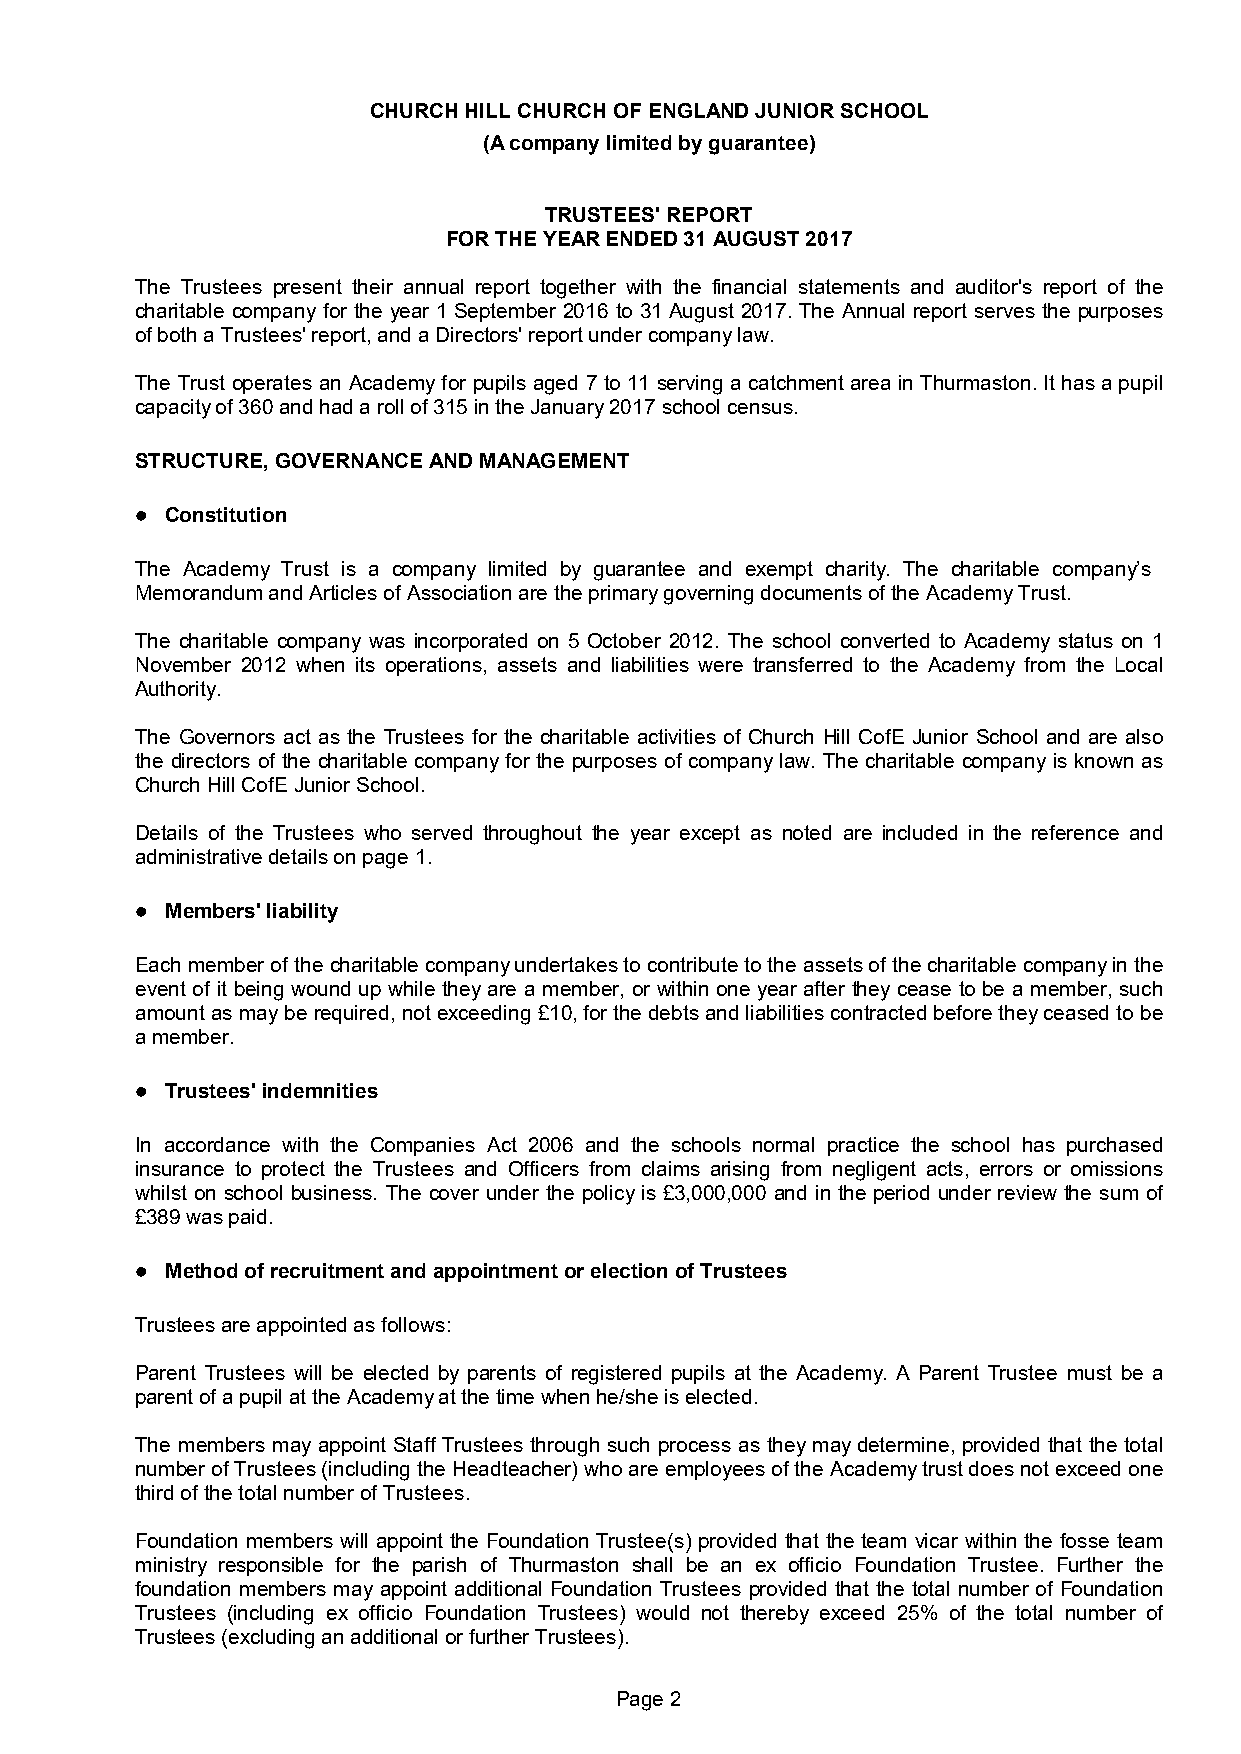
CHURCH HILL CHURCH OF ENGLAND JUNIOR SCHOOL
 (A company limited by guarantee)
 TRUSTEES' REPORT
 FOR THE YEAR ENDED 31 AUGUST 2017
 The Trustees present their annual report together with the financial statements and auditor's report of the
 charitable company for the year 1 September 2016 to 31 August 2017. The Annual report serves the purposes
 of both a Trustees' report, and a Directors' report under company law.
 The Trust operates an Academy for pupils aged 7 to 11 serving a catchment area in Thurmaston. It has a pupil
 capacity of 360 and had a roll of 315 in the January 2017 school census.
 STRUCTURE, GOVERNANCE AND MANAGEMENT
  Constitution
 The Academy Trust is a company limited by guarantee and exempt charity. The charitable company’s
 Memorandum and Articles of Association are the primary governing documents of the Academy Trust.
 The charitable company was incorporated on 5 October 2012. The school converted to Academy status on 1
 November 2012 when its operations, assets and liabilities were transferred to the Academy from the Local
 Authority.
 The Governors act as the Trustees for the charitable activities of Church Hill CofE Junior School and are also
 the directors of the charitable company for the purposes of company law. The charitable company is known as
 Church Hill CofE Junior School.
 Details of the Trustees who served throughout the year except as noted are included in the reference and
 administrative details on page 1.
  Members' liability
 Each member of the charitable company undertakes to contribute to the assets of the charitable company in the
 event of it being wound up while they are a member, or within one year after they cease to be a member, such
 amount as may be required, not exceeding £10, for the debts and liabilities contracted before they ceased to be
 a member.
  Trustees' indemnities
 In accordance with the Companies Act 2006 and the schools normal practice the school has purchased
 insurance to protect the Trustees and Officers from claims arising from negligent acts, errors or omissions
 whilst on school business. The cover under the policy is £3,000,000 and in the period under review the sum of
 £389 was paid.
  Method of recruitment and appointment or election of Trustees
 Trustees are appointed as follows:
 Parent Trustees will be elected by parents of registered pupils at the Academy. A Parent Trustee must be a
 parent of a pupil at the Academy at the time when he/she is elected.
 The members may appoint Staff Trustees through such process as they may determine, provided that the total
 number of Trustees (including the Headteacher) who are employees of the Academy trust does not exceed one
 third of the total number of Trustees.
 Foundation members will appoint the Foundation Trustee(s) provided that the team vicar within the fosse team
 ministry responsible for the parish of Thurmaston shall be an ex officio Foundation Trustee. Further the
 foundation members may appoint additional Foundation Trustees provided that the total number of Foundation
 Trustees (including ex officio Foundation Trustees) would not thereby exceed 25% of the total number of
 Trustees (excluding an additional or further Trustees).
 Page 2